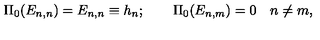
\Pi _ { 0 } ( E _ { n , n } ) = E _ { n , n } \equiv h _ { n } ; \qquad \Pi _ { 0 } ( E _ { n , m } ) = 0 \quad n \ne m , \nonumber